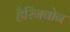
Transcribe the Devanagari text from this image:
हैरिंगबोन